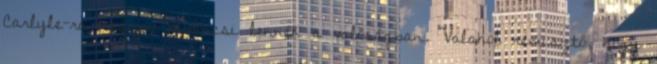
Carlyle-ra nagyon kíváncsi lennék a valóságban. Valahol rémisztő, hogy